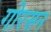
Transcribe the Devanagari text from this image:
गोरसन